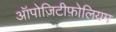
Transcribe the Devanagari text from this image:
ऑपोज़िटीफ़ोलियम